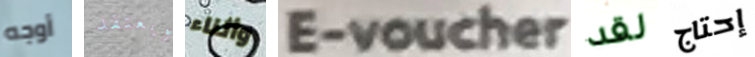
أوجه ويعتقد وأثناء E-voucher لقد إحتاج